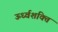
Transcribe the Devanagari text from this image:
ऊर्ध्वशक्ति